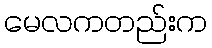
မေလကတည်းက